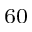
_ { 6 0 }